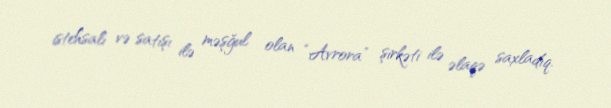
istehsalı və satışı ilə məşğul olan “Avrora” şirkəti ilə əlaqə saxladıq.